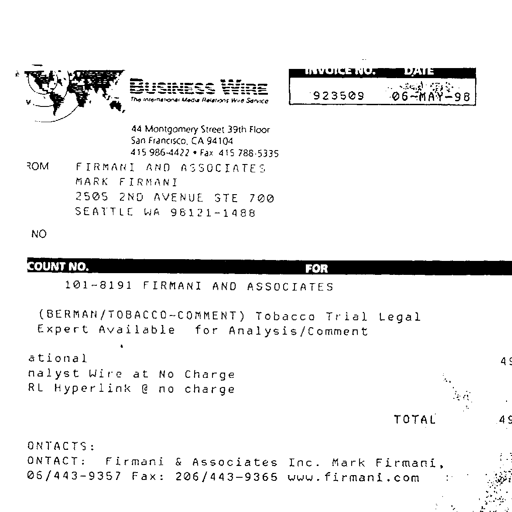
BUSINESS WIRE
The International Media Relations Wire Service

44 Montgomery Street 39th Floor
San Francisco, CA 94104
415 986-4422 • Fax 415 788-5335

INVOICE NO. DATE
923509 06-MAY-98

FROM FIRMANI AND ASSOCIATES
MARK FIRMANI
2505 2ND AVENUE STE 700
SEATTLE WA 98121-1488

NO

COUNT NO. FOR
101-8191 FIRMANI AND ASSOCIATES

(BERMAN/TOBACCO-COMMENT) Tobacco Trial Legal
Expert Available for Analysis/Comment

ational 49
nalyst Wire at No Charge
RL Hyperlink @ no charge

TOTAL 49

ONTACTS:
ONTACT: Firmani & Associates Inc. Mark Firmani,
06/443-9357 Fax: 206/443-9365 www.firmani.com